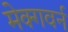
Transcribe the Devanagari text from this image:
मेक्गवर्न